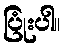
ပြုံးပါ။